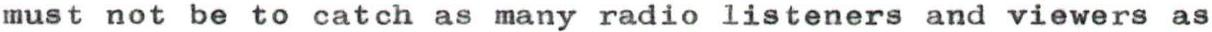
must not be to catch as many radio listeners and viewers as